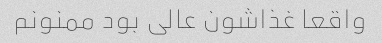
واقعا غذاشون عالی بود ممنونم